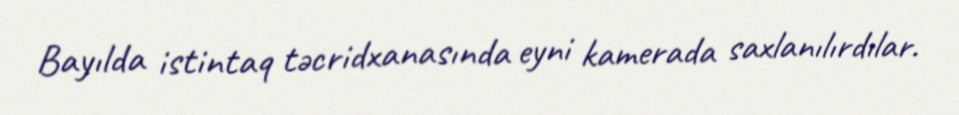
Bayılda istintaq təcridxanasında eyni kamerada saxlanılırdılar.